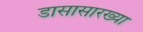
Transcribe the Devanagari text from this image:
डासासारख्या